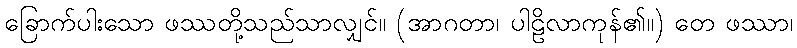
ခြောက်ပါးသော ဖဿတို့သည်သာလျှင်။ (အာဂတာ၊ ပါဠိလာကုန်၏။) တေ ဖဿာ၊